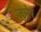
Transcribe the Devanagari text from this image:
जुन्नेर